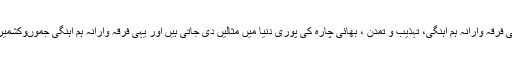
انہوں نے کہا کہ جموںوکشمیر کی فرقہ وارانہ ہم آہنگی، تہذیب و تمدن ، بھائی چارہ کی پوری دنیا میں مثالیں دی جاتی ہیں اور یہی فرقہ وارانہ ہم آہنگی جموںوکشمیر کی شناخت اور ہمارا امتیاز ہے۔